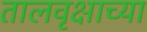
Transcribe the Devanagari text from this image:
तालवृक्षाच्या